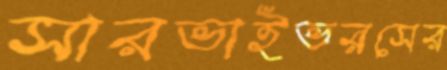
সারভাইভরসের